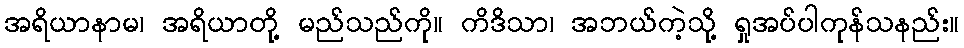
အရိယာနာမ၊ အရိယာတို့ မည်သည်ကို။ ကိဒိသာ၊ အဘယ်ကဲ့သို့ ရှုအပ်ပါကုန်သနည်း။